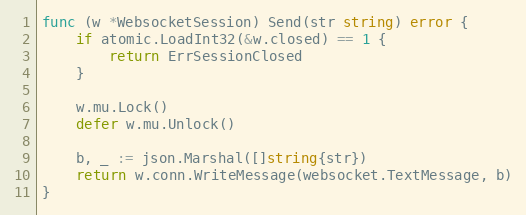
Language: Go
func (w *WebsocketSession) Send(str string) error {
	if atomic.LoadInt32(&w.closed) == 1 {
		return ErrSessionClosed
	}

	w.mu.Lock()
	defer w.mu.Unlock()

	b, _ := json.Marshal([]string{str})
	return w.conn.WriteMessage(websocket.TextMessage, b)
}